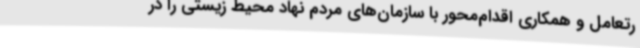
رتعامل و همکاری اقدام‌محور با سازمان‌های مردم نهاد محیط زیستی را در